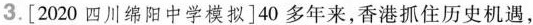
3.\left[2020四川绵阳中学模拟\right]40多年来，香港抓住历史机遇，